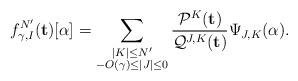
LaTeX: \begin{align*} f^{N'}_{\gamma, I}(\mathbf{t})[\alpha] = \sum_{\substack{|K| \leq N' \\ -O(\gamma) \leq |J| \leq 0} } \frac{\mathcal{P}^K(\mathbf{t})}{\mathcal{Q}^{J,K}(\mathbf{t})} \Psi_{J,K}(\alpha).\end{align*}